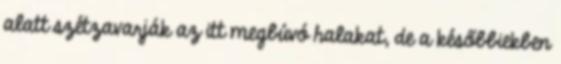
alatt szétzavarják az itt megbúvó halakat, de a későbbiekben